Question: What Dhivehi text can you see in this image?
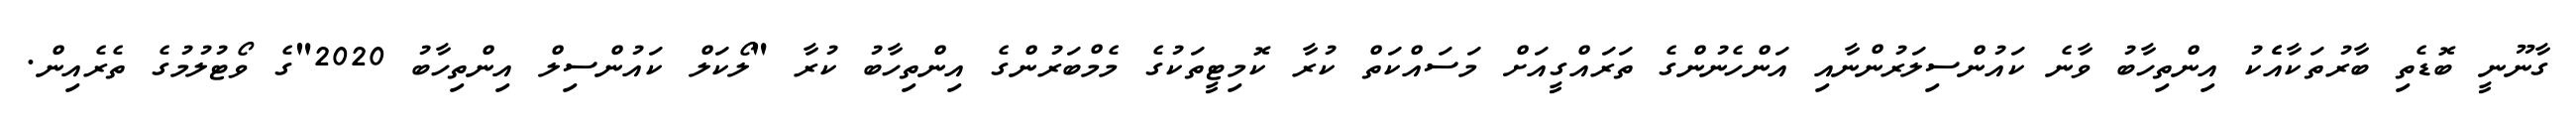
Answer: ގާނޫނީ ބޮޑެތި ބާރުތަކާއެެކު އިންތިހާބު ވާނެ ކައުންސިލަރުންނާއި އަންހެނުންގެ ތަރައްގީއަށް މަސައްކަތް ކުރާ ކޮމިޓީތަކުގެ މެމްބަރުންގެ އިންތިހާބު ކުރާ "ލޯކަލް ކައުންސިލް އިންތިހާބު 2020"ގެ ވޯޓުލުމުގެ ތެރެއިން.